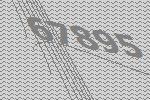
67895